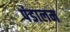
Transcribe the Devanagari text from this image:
पंडालम